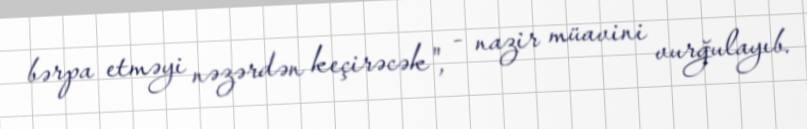
bərpa etməyi nəzərdən keçirəcək", - nazir müavini vurğulayıb.